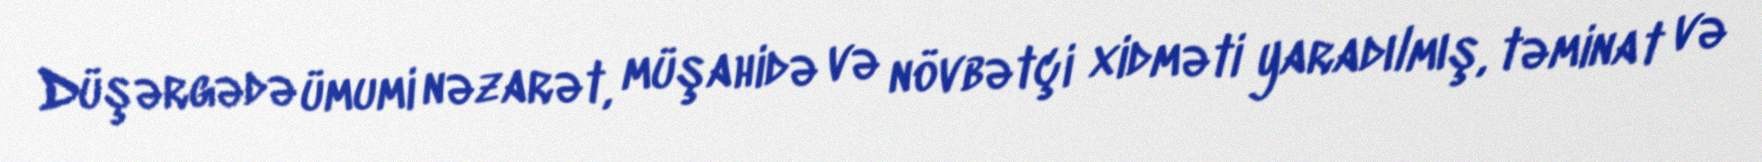
Düşərgədə ümumi nəzarət, müşahidə və növbətçi xidməti yaradılmış, təminat və